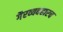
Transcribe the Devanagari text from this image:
गैरव्यवहारच